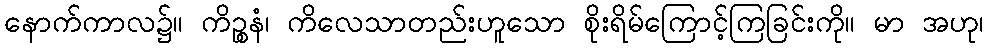
နောက်ကာလ၌။ ကိဉ္စနံ၊ ကိလေသာတည်းဟူသော စိုးရိမ်ကြောင့်ကြခြင်းကို။ မာ အဟု၊